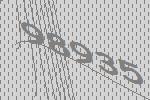
98935